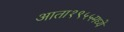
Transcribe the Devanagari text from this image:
आता१९५५मध्ये